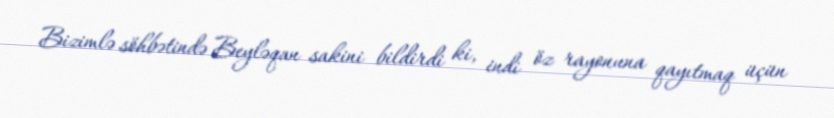
Bizimlə söhbətində Beyləqan sakini bildirdi ki, indi öz rayonuna qayıtmaq üçün